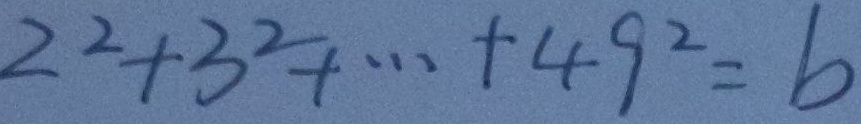
2 ^ { 2 } + 3 ^ { 2 } + \cdots + 4 9 ^ { 2 } = b